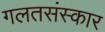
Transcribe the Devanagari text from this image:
गलतसंस्कार